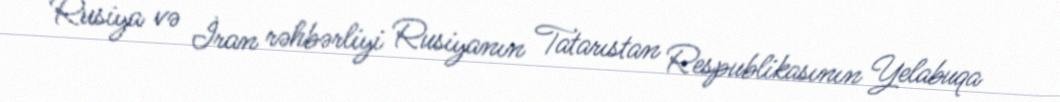
Rusiya və İran rəhbərliyi Rusiyanın Tatarıstan Respublikasının Yelabuqa